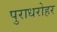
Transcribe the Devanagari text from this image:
पुराधरोहर